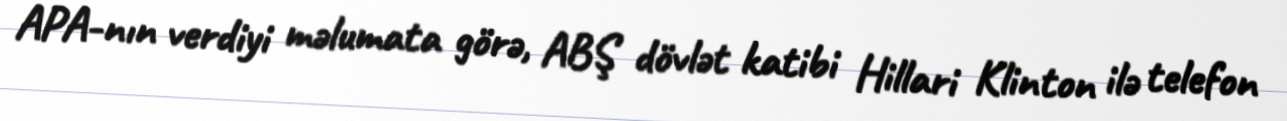
APA-nın verdiyi məlumata görə, ABŞ dövlət katibi Hillari Klinton ilə telefon